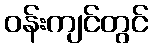
ဝန်းကျင်တွင်